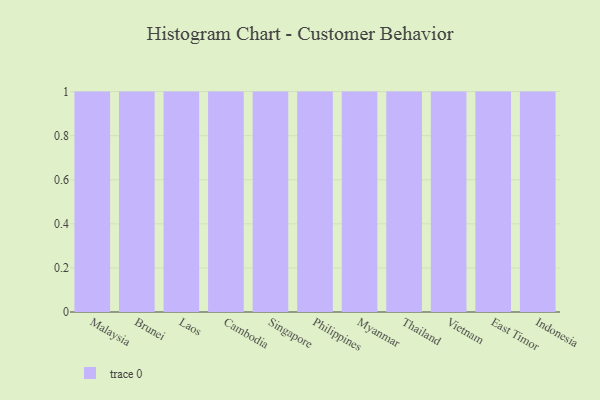
{"axis": {"x": "Country", "y": "Customer Acquisition Cost (USD)"}, "legend": [""], "data": [{"x": "Malaysia", "y": 93, "type": ""}, {"x": "Brunei", "y": 78, "type": ""}, {"x": "Laos", "y": 79, "type": ""}, {"x": "Cambodia", "y": 67, "type": ""}, {"x": "Singapore", "y": 84, "type": ""}, {"x": "Philippines", "y": 69, "type": ""}, {"x": "Myanmar", "y": 50, "type": ""}, {"x": "Thailand", "y": 22, "type": ""}, {"x": "Vietnam", "y": 57, "type": ""}, {"x": "East Timor", "y": 24, "type": ""}, {"x": "Indonesia", "y": 55, "type": ""}]}